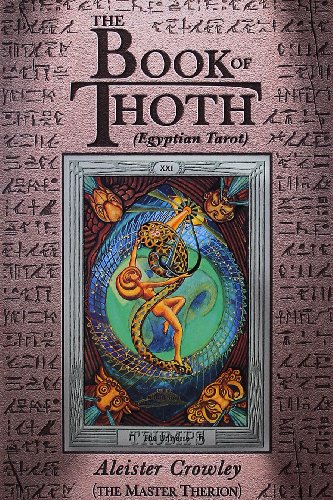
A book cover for The Book of Thoth: A Short Essay on the Tarot of the Egyptians, Being the Equinox Volume III No. V; Aleister Crowley; Religion & Spirituality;